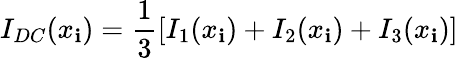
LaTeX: I_{DC}(x_{\mathbf{i}})=\frac{{1}}{{3}}[I_{1}(x_{\mathbf{i}})+I_{2}(x_{\mathbf{i}})+I_{3}(x_{\mathbf{i}})]